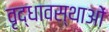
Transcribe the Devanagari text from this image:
वृद्धावस्थाओं